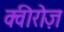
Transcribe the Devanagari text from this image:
क्वीरोज़